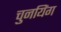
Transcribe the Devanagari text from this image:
चुनयिंग